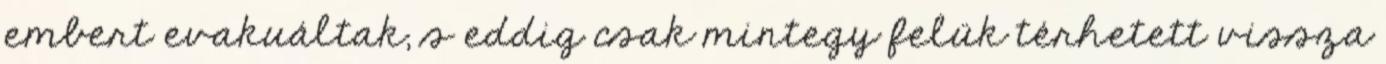
embert evakuáltak, s eddig csak mintegy felük térhetett vissza